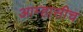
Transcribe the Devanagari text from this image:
आम्हासीच